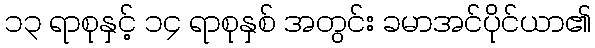
၁၃ ရာစုနှင့် ၁၄ ရာစုနှစ် အတွင်း ခမာအင်ပိုင်ယာ၏